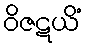
ဝိဇဋယိံ